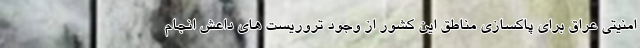
امنیتی عراق برای پاکسازی مناطق این کشور از وجود تروریست های داعش انجام